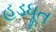
હડધૂત